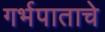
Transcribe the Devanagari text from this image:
गर्भपाताचे